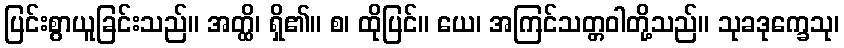
ပြင်းစွာယူခြင်းသည်။ အတ္ထိ၊ ရှိ၏။ စ၊ ထိုပြင်။ ယေ၊ အကြင်သတ္တဝါတို့သည်။ သုခဒုက္ခေသု၊